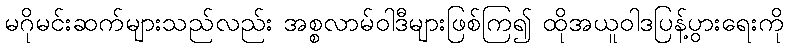
မဂိုမင်းဆက်များသည်လည်း အစ္စလာမ်ဝါဒီများဖြစ်ကြ၍ ထိုအယူဝါဒပြန့်ပွားရေးကို